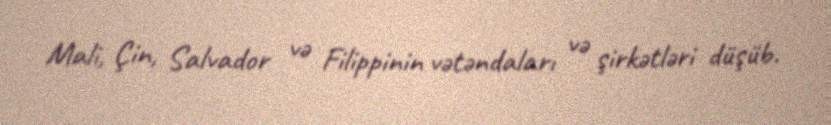
Mali, Çin, Salvador və Filippinin vətəndaları və şirkətləri düşüb.